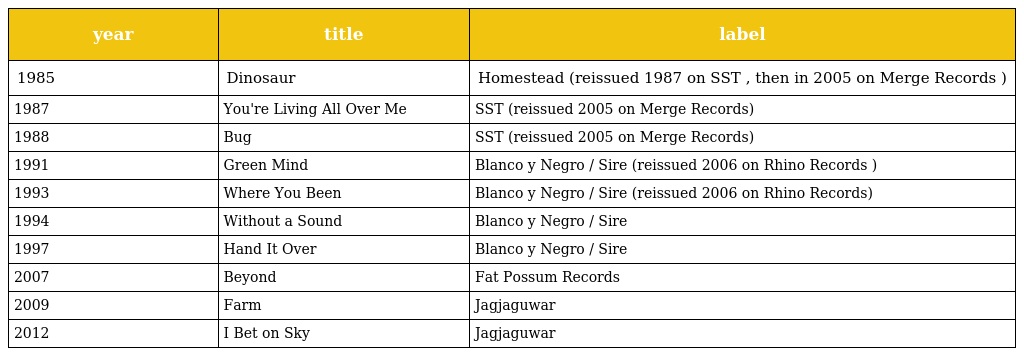
| year | title | label |
 | --- | --- | --- |
 | 1985 | Dinosaur | Homestead (reissued 1987 on SST , then in 2005 on Merge Records ) |
 | 1987 | You're Living All Over Me | SST (reissued 2005 on Merge Records) |
 | 1988 | Bug | SST (reissued 2005 on Merge Records) |
 | 1991 | Green Mind | Blanco y Negro / Sire (reissued 2006 on Rhino Records ) |
 | 1993 | Where You Been | Blanco y Negro / Sire (reissued 2006 on Rhino Records) |
 | 1994 | Without a Sound | Blanco y Negro / Sire |
 | 1997 | Hand It Over | Blanco y Negro / Sire |
 | 2007 | Beyond | Fat Possum Records |
 | 2009 | Farm | Jagjaguwar |
 | 2012 | I Bet on Sky | Jagjaguwar |